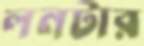
লনটার